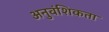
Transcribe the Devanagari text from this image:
अनुवंशिकता